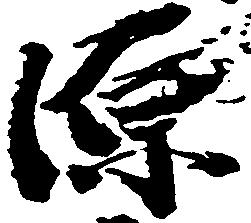
源